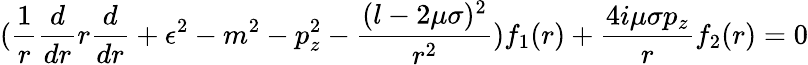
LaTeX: (\frac{1}{r}\frac{d}{dr}r\frac{d}{dr}+\epsilon^{2}-m^{2}-p_{z}^{2}-\frac{(l-2\mu\sigma)^{2}}{r^{2}})f_{1}(r)+\frac{4i\mu\sigma p_{z}}{r}f_{2}(r)=0